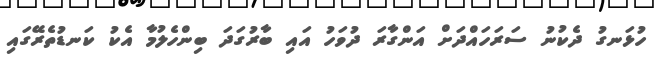
ހުޅަނގު ދެކުނު ސަރަހައްދަށް އަންގާރަ ދުވަހު އައި ބާރުގަދަ ބިންހެލުމާ އެކު ކަނޑުތެރޭގައި